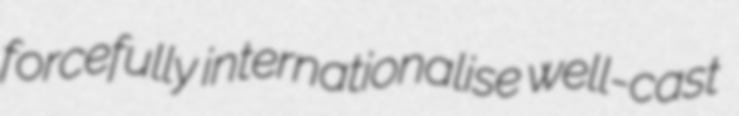
forcefully internationalise well-cast